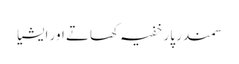
سمندر پار خفیہ کھاتے اور ایشیا